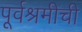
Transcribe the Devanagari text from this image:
पूर्वश्रमीची